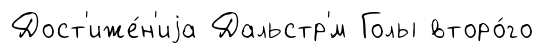
Дост'иже́н'иjа Дальстр'́м Голы второ́го